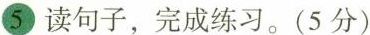
⑤读句子，完成练习。(5分)